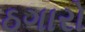
ઠગારો